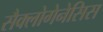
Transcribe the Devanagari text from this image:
सैक्लोगेनेसिस